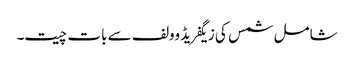
شامل شمس کی زیگفریڈ وولف سے بات چیت۔